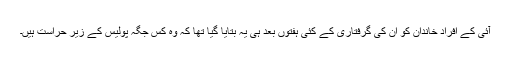
آئی کے افراد خاندان کو اُن کی گرفتاری کے کئی ہفتوں بعد ہی يہ بتايا گيا تھا کہ وہ کس جگہ پوليس کے زير حراست ہيں۔